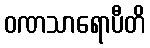
ဝဏသာရောပီတိ